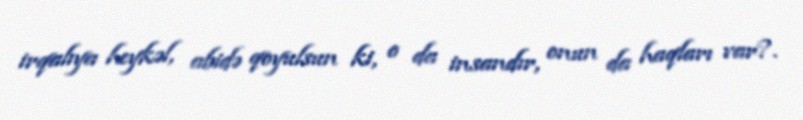
irqalıya heykəl, abidə qoyulsun ki, o da insandır, onun da haqları var?.